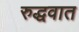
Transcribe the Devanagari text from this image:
रुद्धवात